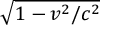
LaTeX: \sqrt { 1 - v ^ { 2 } / c ^ { 2 } }